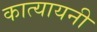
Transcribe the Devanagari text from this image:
कात्‍यायनी